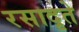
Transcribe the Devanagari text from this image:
रसादृते